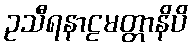
ဥသီရနာဠမတ္တာနိပိ